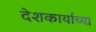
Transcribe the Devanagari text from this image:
देशकार्याच्या